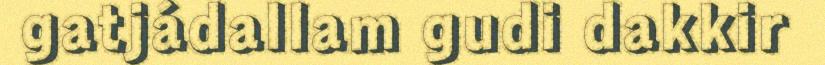
gatjádallam gudi dakkir